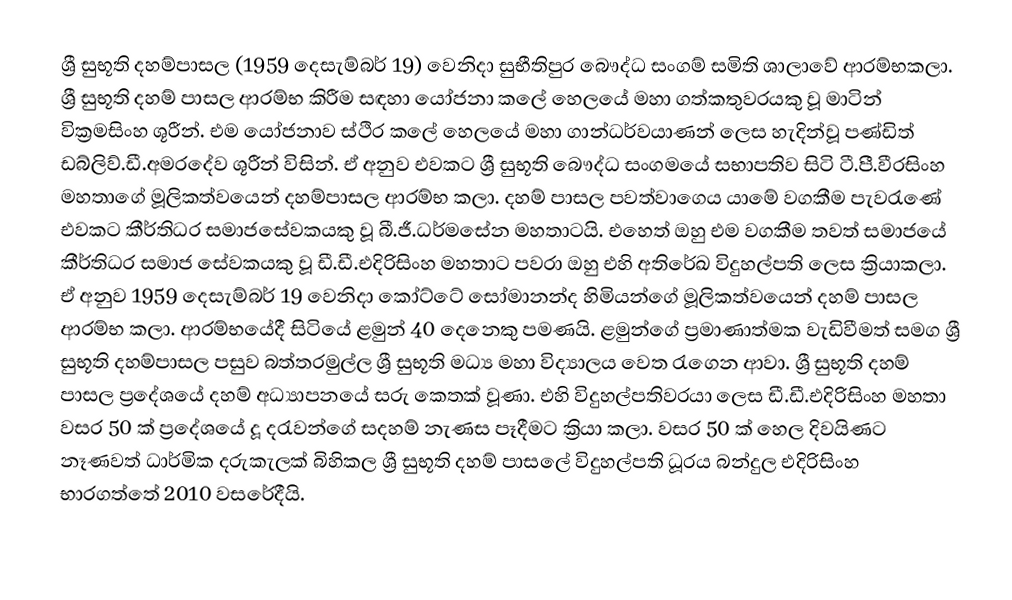
ශ්‍රී සුභූති දහම්පාසල (1959 දෙසැම්බර් 19) වෙනිදා සුභීතිපුර බෞද්ධ සංගම් සමිති ශාලාවේ ආරම්භකලා. ශ්‍රී සුභූති දහම් පාසල ආරම්භ කිරීම සඳහා යෝජනා කලේ හෙලයේ මහා ගත්කතුවරයකු වූ මාටින් වික්‍රමසිංහ ශූරීන්. එම යෝජනාව ස්ථිර කලේ හෙලයේ මහා ගාන්ධර්වයාණන් ලෙස හැදින්වූ පණ්ඩිත් ඩබ්ලිව්.ඩී.අමරදේව ශූරීන් විසින්. ඒ අනුව එවකට ශ්‍රී සුභූති බෞද්ධ සංගමයේ සභාපතිව සිටි ටී.පී.වීරසිංහ මහතාගේ මූලිකත්වයෙන් දහම්පාසල ආරම්භ කලා. දහම් පාසල පවත්වාගෙය යාමේ වගකීම පැවරැණේ එවකට කීර්තිධර සමාජසේවකයකු වූ බී.ජී.ධර්මසේන මහතාටයි. එහෙත් ඔහු එම වගකීම තවත් සමාජයේ කීර්තිධර සමාජ සේවකයකු වූ ඩී.ඩී.එදිරිසිංහ මහතාට පවරා ඔහු එහි අතිරේඛ විදුහල්පති ලෙස ක්‍රියාකලා. ඒ අනුව 1959 දෙසැම්බර් 19 වෙනිදා  කෝට්ටේ සෝමානන්ද හිමියන්ගේ මූලිකත්වයෙන් දහම් පාසල ආරම්භ කලා. ආරම්භයේදී සිටියේ  ළමුන් 40 දෙනෙකු පමණයි. ළමුන්ගේ ප්‍රමාණාත්මක වැඩිවීමත් සමග ශ්‍රී සුභූති දහම්පාසල පසුව බත්තරමුල්ල ශ්‍රී සුභූති මධ්‍ය මහා විද්‍යාලය වෙත රැගෙන ආවා.  ශ්‍රී සුභූති දහම් පාසල ප්‍රදේශයේ දහම් අධ්‍යාපනයේ සරු කෙතක් වූණා. එහි  විදුහල්පතිවරයා ලෙස  ඩී.ඩී.එදිරිසිංහ මහතා වසර 50 ක් ප්‍රදේශයේ දූ දරැවන්ගේ සදහම් නැණස පෑදීමට ක්‍රියා කලා. වසර 50 ක් හෙල දිවයිණට නෑණවත් ධාර්මික දරුකැලක් බිහිකල ශ්‍රී සුභූති දහම් පාසලේ විදුහල්පති ධූරය බන්දුල එදිරිසිංහ භාරගත්තේ 2010 වසරේදීයි.